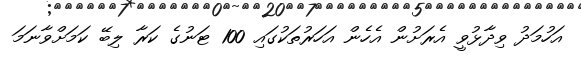
އަހުމަދު ވިދާޅުވީ އެރަށުން އެހެން އަހަރުތަކުގައި 100 ޓަނުގެ ކަރާ ލިބޭ ކަމަށްވާނަމަ